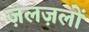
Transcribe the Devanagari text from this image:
ज़लज़लों